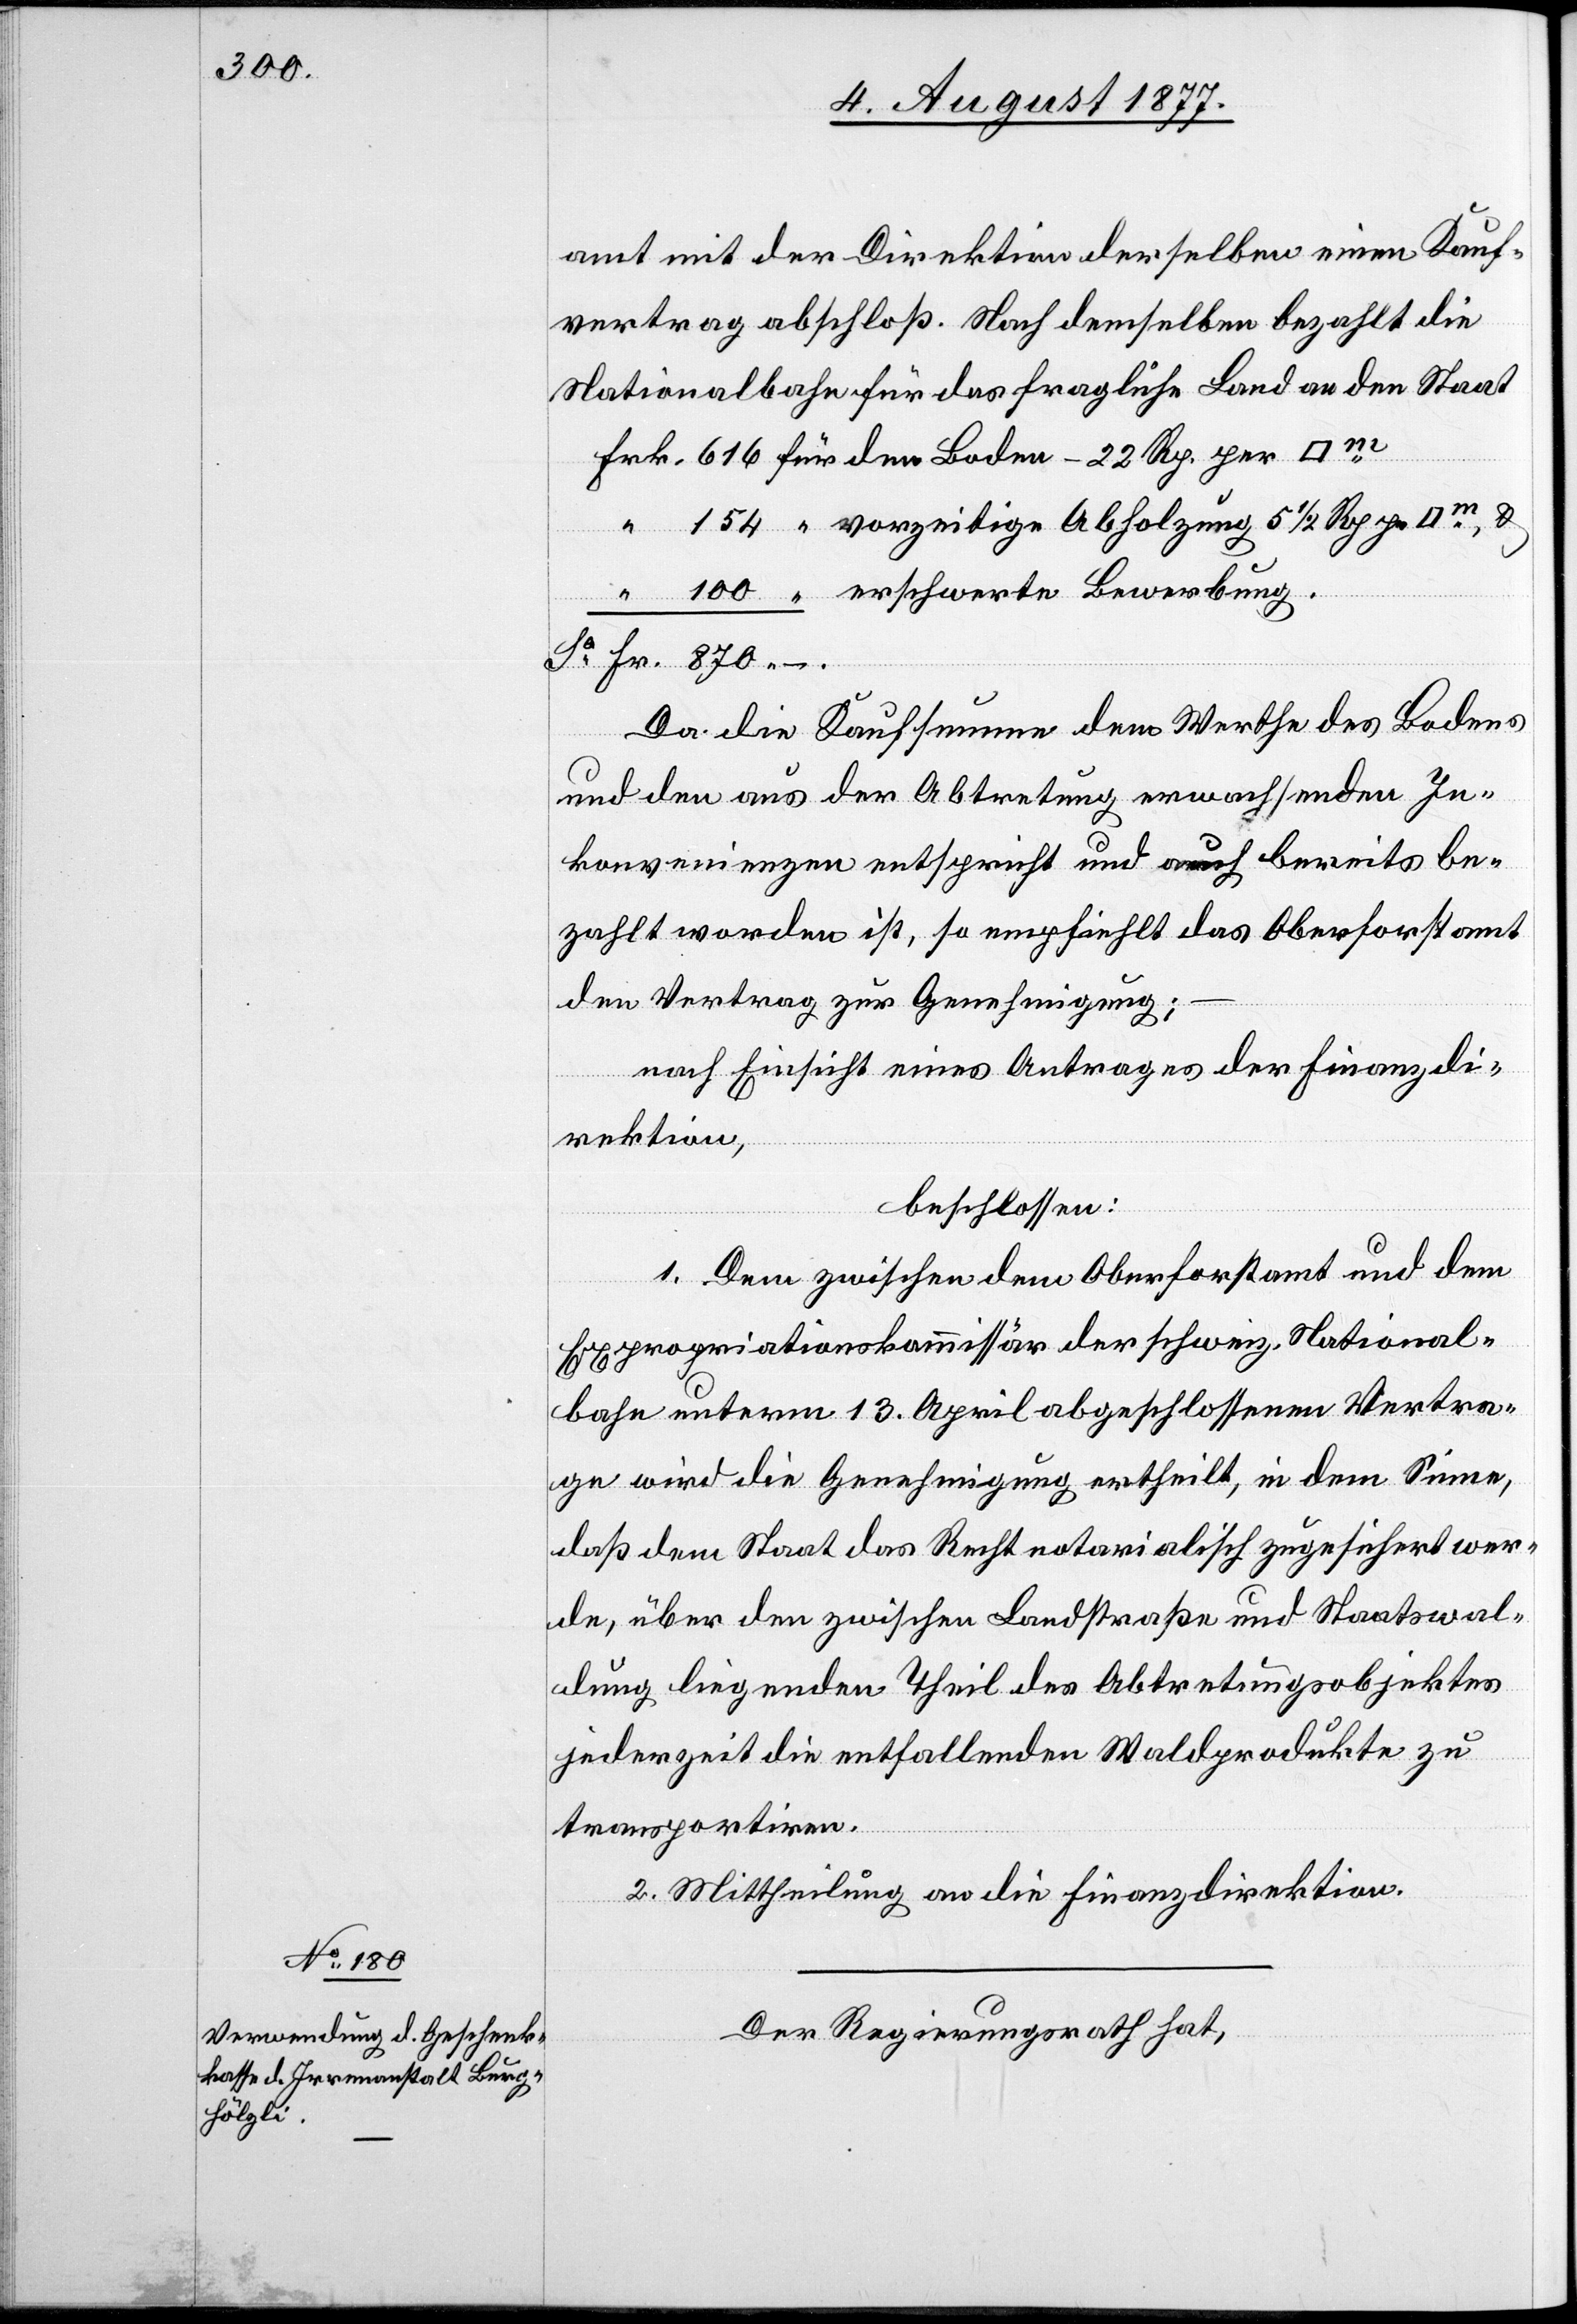
amt mit der Direktion derselben einen Kauf¬
vertrag abschloß. Nach demselben bezahlt die
Nationalbahn für das fragliche Land an den Staat
“ vorzeitige Abholzung 5 1/2 Rp. pr.
Fr. 870.–
Da die Kaufsumme dem Werthe des Bodens
und den aus der Abtretung erwachsenden In¬
konvenienzen entspricht und auch bereits be¬
zahlt worden ist, so empfiehlt das Oberforstamt
den Vertrag zur Genehmigung;
nach Einsicht eines Antrages der Finanzdi¬
rektion,
beschlossen:
1. Dem zwischen dem Oberforstamt und dem
Expropriationskommissär der schweiz. National¬
bahn unterm 13. April abgeschlossenen Vertra¬
ge wird die Genehmigung ertheilt, in dem Sinne,
daß dem Staat das Recht notarialisch zugesichert wer¬
de, über den zwischen Landstraße und Staatswal¬
dung liegenden Theil des Abtretungsobjektes
jederzeit die entfallenden Waldprodukte zu
transportiren.
2. Mittheilung an die Finanzdirektion.
Der Regierungsrath hat,